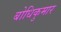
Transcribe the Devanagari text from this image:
बोधिकुमार